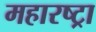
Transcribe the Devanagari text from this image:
महारष्ट्रा